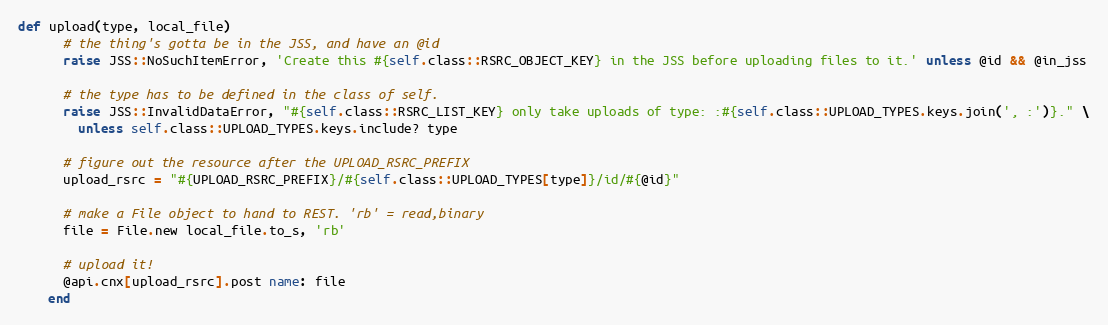
Language: Ruby
def upload(type, local_file)
      # the thing's gotta be in the JSS, and have an @id
      raise JSS::NoSuchItemError, 'Create this #{self.class::RSRC_OBJECT_KEY} in the JSS before uploading files to it.' unless @id && @in_jss

      # the type has to be defined in the class of self.
      raise JSS::InvalidDataError, "#{self.class::RSRC_LIST_KEY} only take uploads of type: :#{self.class::UPLOAD_TYPES.keys.join(', :')}." \
        unless self.class::UPLOAD_TYPES.keys.include? type

      # figure out the resource after the UPLOAD_RSRC_PREFIX
      upload_rsrc = "#{UPLOAD_RSRC_PREFIX}/#{self.class::UPLOAD_TYPES[type]}/id/#{@id}"

      # make a File object to hand to REST. 'rb' = read,binary
      file = File.new local_file.to_s, 'rb'

      # upload it!
      @api.cnx[upload_rsrc].post name: file
    end